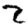
Digit: 2